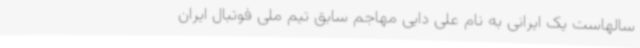
سالهاست یک ایرانی به نام علی دایی مهاجم سابق تیم ملی فوتبال ایران